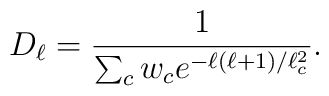
D_\ell= {\frac{1}{\sum_c w_ce^{-\ell(\ell+1)/\ell_c^2}}}.